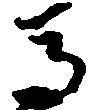
馬